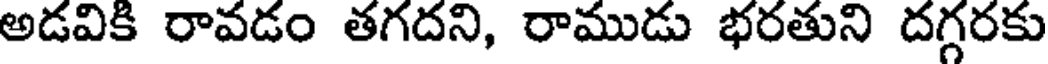
అడవికి రావడం తగదని, రాముడు భరతుని దగ్గరకు